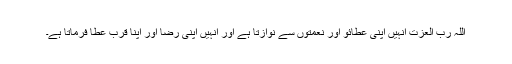
اللہ رب العزت انہیں اپنی عطائو اور نعمتوں سے نوازتا ہے اور انہیں اپنی رضا اور اپنا قرب عطا فرماتا ہے۔